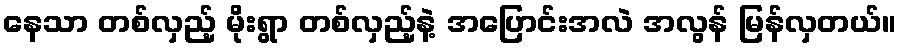
နေသာ တစ်လှည့် မိုးရွာ တစ်လှည့်နဲ့ အပြောင်းအလဲ အလွန် မြန်လှတယ်။